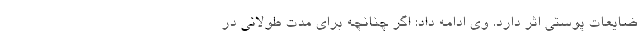
ضایعات پوستی اثر دارد. وی ادامه داد: اگر چنانچه برای مدت طولانی در